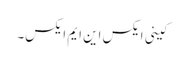
کینی ایکس این ایم ایکس۔